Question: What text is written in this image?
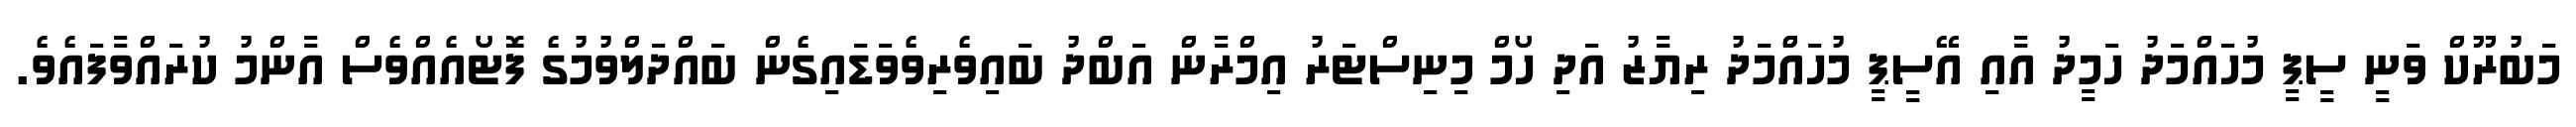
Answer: މަބުރޫކް ވަނީ ސީޕީ މުހައްމަދު ހަމީދު އާއި އޭސީޕީ މުހައްްމަދު ރިޔާޒު އަދި ހޯމް މިނިސްޓަރު އިމްރާން އަބްދު ބައިވެރިވެވަޑައިގެން ބައްދަލްވުމުގެ ފޮޓޯއެއްވެސް އާންމު ކުރައްވާފައެވެ.